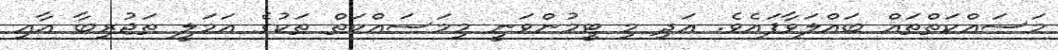
މަސައްކަތްތައް ބައްލަވާފަައެވެ. އަދި މި ޓީމުންވަނީ މިމަސައްކަތް ތަކުގެ އަމަލީ ތަޖުރިބާ އާއި